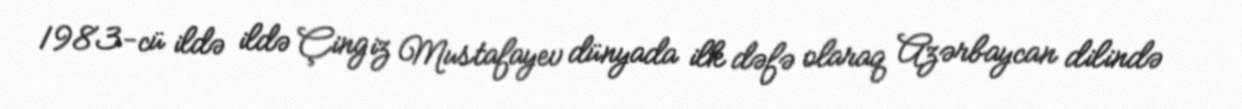
1983-cü ildə ildə Çingiz Mustafayev dünyada ilk dəfə olaraq Azərbaycan dilində